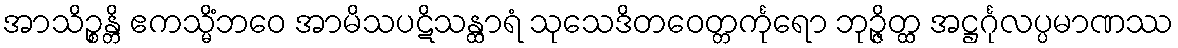
အာသိဉ္စန္တိ ဧကသ္မိံဘဝေ အာမိသပဋိသန္ထာရံ သုသေဒိတဝေတ္တင်္ကုရော ဘုဉ္ဇိတ္ထ အဋ္ဌင်္ဂုလပ္ပမာဏဿ